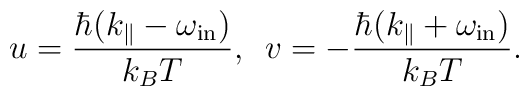
u=\frac{\hbar(k_{\|}-\omega_{\rm in})}{k_B T},\,\,\,v=-\frac{\hbar(k_{\|}+\omega_{\rm in})}{k_B T}.